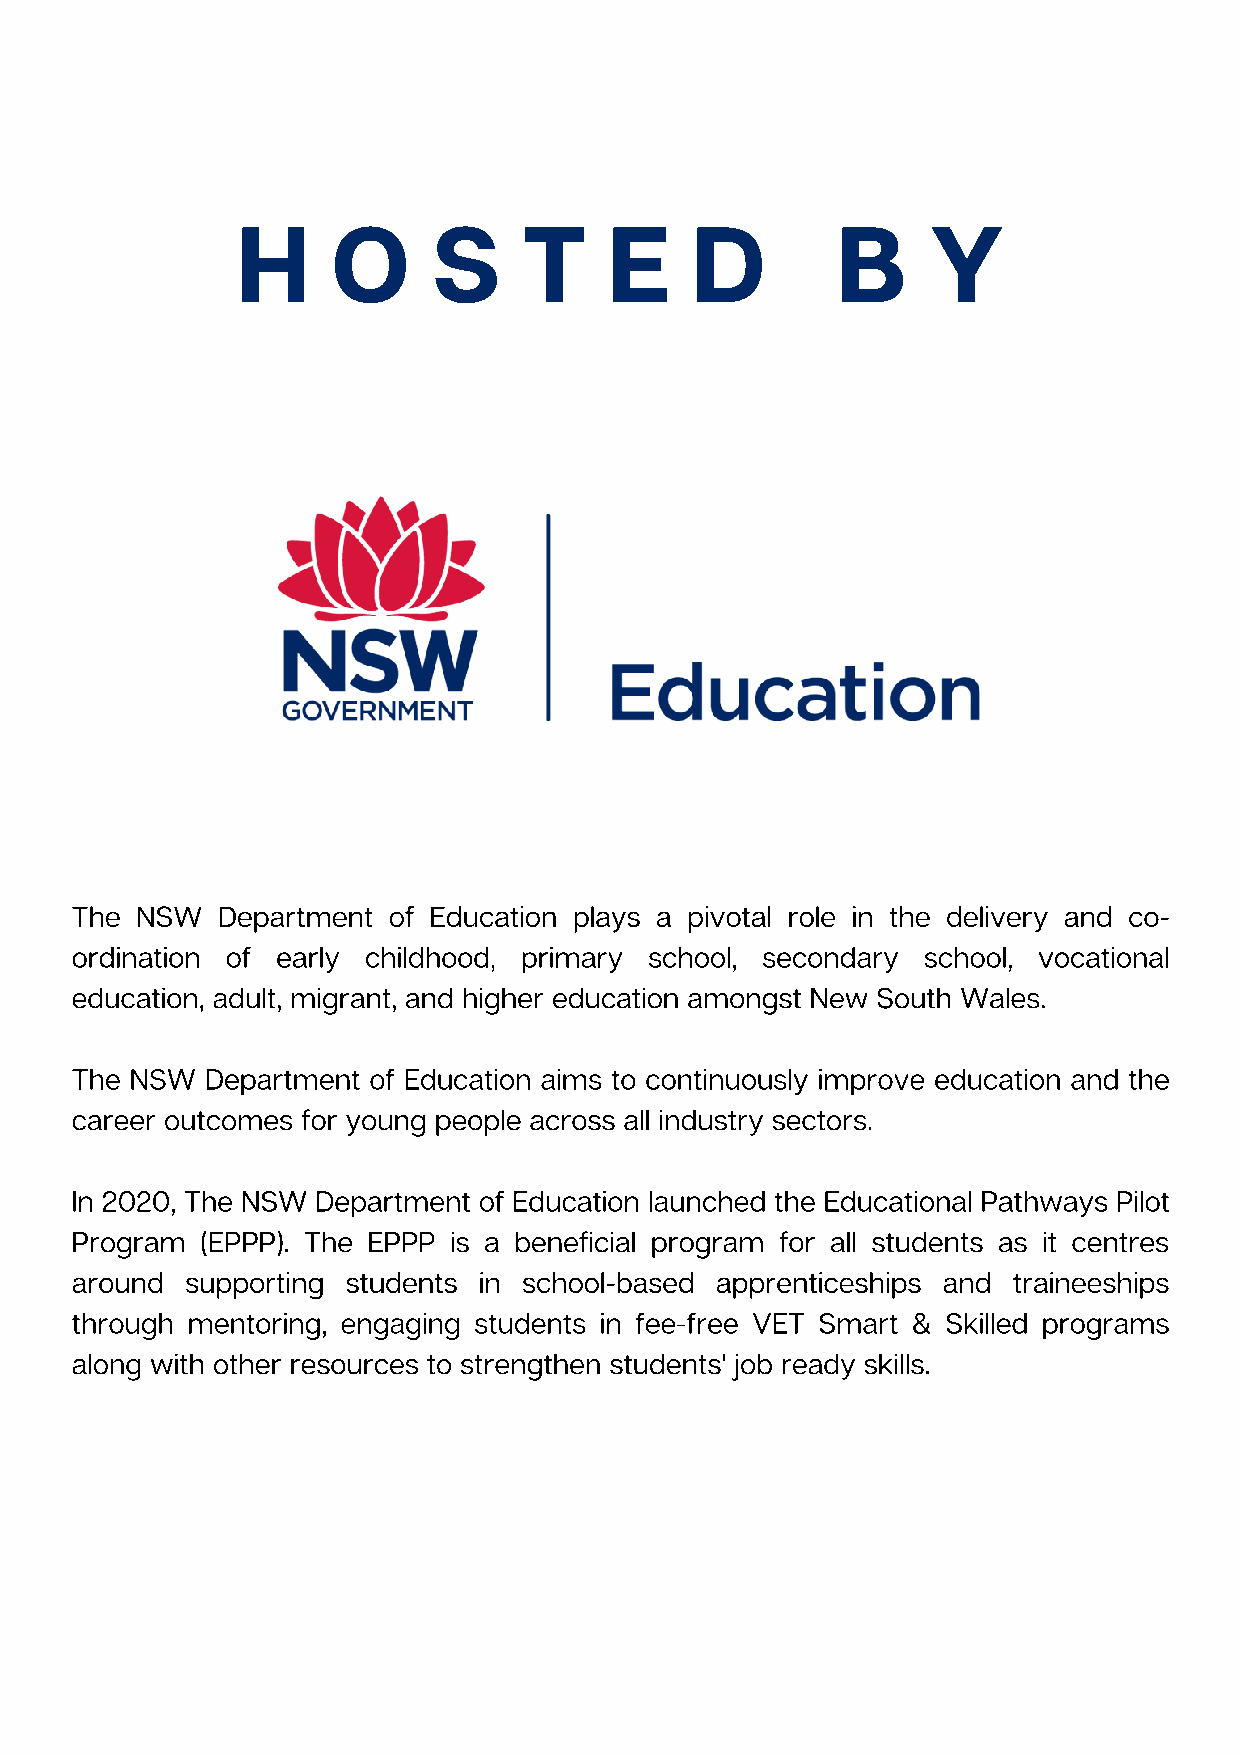
H     O      S     T    E     D        B     Y
 The NSW  Department  of Education plays a pivotal role in the delivery and co-
 ordination of early childhood, primary school, secondary school, vocational
 education, adult, migrant, and higher education amongst New South Wales.
 The NSW  Department of Education aims to continuously improve education and the
 career outcomes for young people across all industry sectors.
 In 2020, The NSW Department of Education launched the Educational Pathways Pilot
 Program (EPPP). The EPPP is a beneficial program for all students as it centres
 around supporting students in school-based apprenticeships and traineeships
 through mentoring, engaging students in fee-free VET Smart & Skilled programs
 along with other resources to strengthen students' job ready skills.